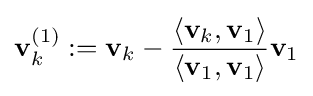
\mathbf {v} _{k}^{(1)}:=\mathbf {v} _{k}-{\frac {\langle \mathbf {v} _{k},\mathbf {v} _{1}\rangle }{\langle \mathbf {v} _{1},\mathbf {v} _{1}\rangle }}\mathbf {v} _{1}